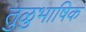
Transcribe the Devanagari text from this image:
तुळुभाषिक